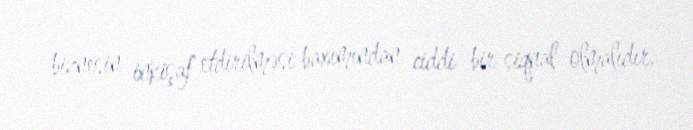
biznesin inkişaf etdirilməsi baxımından ciddi bir siqnal olmalıdır.